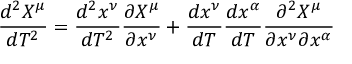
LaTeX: { \frac { d ^ { 2 } X ^ { \mu } } { d T ^ { 2 } } } = { \frac { d ^ { 2 } x ^ { \nu } } { d T ^ { 2 } } } { \frac { \partial X ^ { \mu } } { \partial x ^ { \nu } } } + { \frac { d x ^ { \nu } } { d T } } { \frac { d x ^ { \alpha } } { d T } } { \frac { \partial ^ { 2 } X ^ { \mu } } { \partial x ^ { \nu } \partial x ^ { \alpha } } }